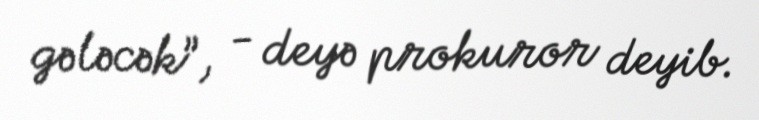
gələcək”, - deyə prokuror deyib.